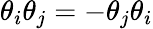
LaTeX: \theta_{i}\theta_{j}=-\theta_{j}\theta_{i}